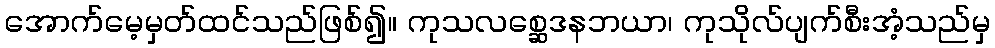
အောက်မေ့မှတ်ထင်သည်ဖြစ်၍။ ကုသလစ္ဆေဒနဘယာ၊ ကုသိုလ်ပျက်စီးအံ့သည်မှ